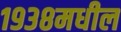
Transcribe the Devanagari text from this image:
१९३८मधील